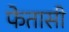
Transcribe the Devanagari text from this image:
फेतासी